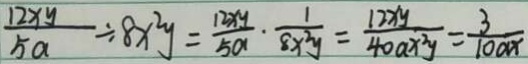
\frac { 1 2 x y } { 5 a } \div 8 x ^ { 2 } y = \frac { 1 2 x y } { 5 a } \cdot \frac { 1 } { 8 x ^ { 2 } y } = \frac { 1 2 x y } { 4 0 a x ^ { 2 } y } = \frac { 3 } { 1 0 a x }